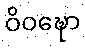
ဝိဝဍ္ဎော